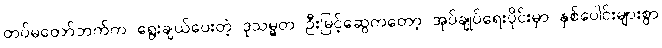
တပ်မတော်ဘက်က ရွေးချယ်ပေးတဲ့ ဒုသမ္မတ ဦးမြင့်ဆွေကတော့ အုပ်ချုပ်ရေးပိုင်းမှာ နှစ်ပေါင်းများစွာ